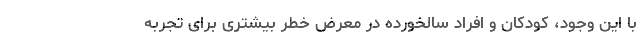
با این وجود، کودکان و افراد سالخورده در معرض خطر بیشتری برای تجربه